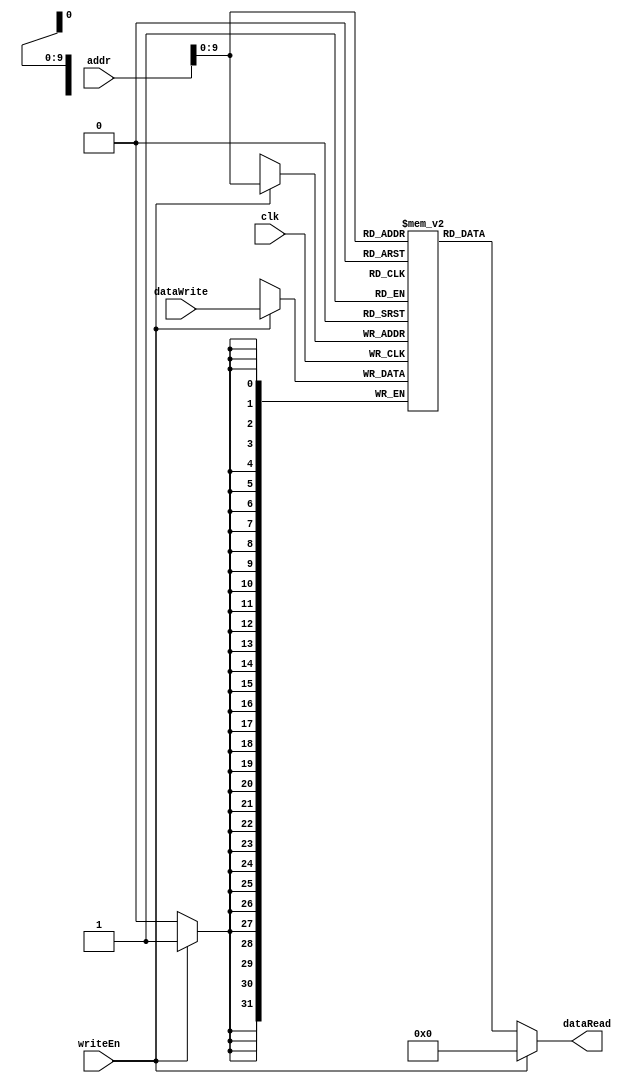
`timescale 1ns / 1ps

module dataMem(
    input clk,
    input writeEn,
    input [31:0] addr,    
    input [31:0] dataWrite,
    output [31:0] dataRead
    );
    
    reg [31:0] memory [1023:0];
    
    assign dataRead = !writeEn ? memory[addr] : 0;
    
    always@(posedge clk) begin
        if(writeEn)
            memory[addr] <= dataWrite;
    end
endmodule